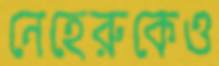
নেহেরুকেও